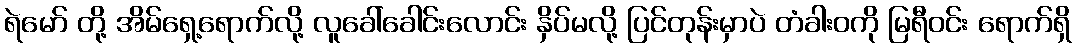
ရဲမော် တို့ အိမ်ရှေ့ရောက်လို့ လူခေါ်ခေါင်းလောင်း နှိပ်မလို့ ပြင်တုန်းမှာပဲ တံခါးဝကို မြရီဝင်း ရောက်ရှိ